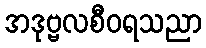
အဒုဗ္ဗလစီဝရသညာ